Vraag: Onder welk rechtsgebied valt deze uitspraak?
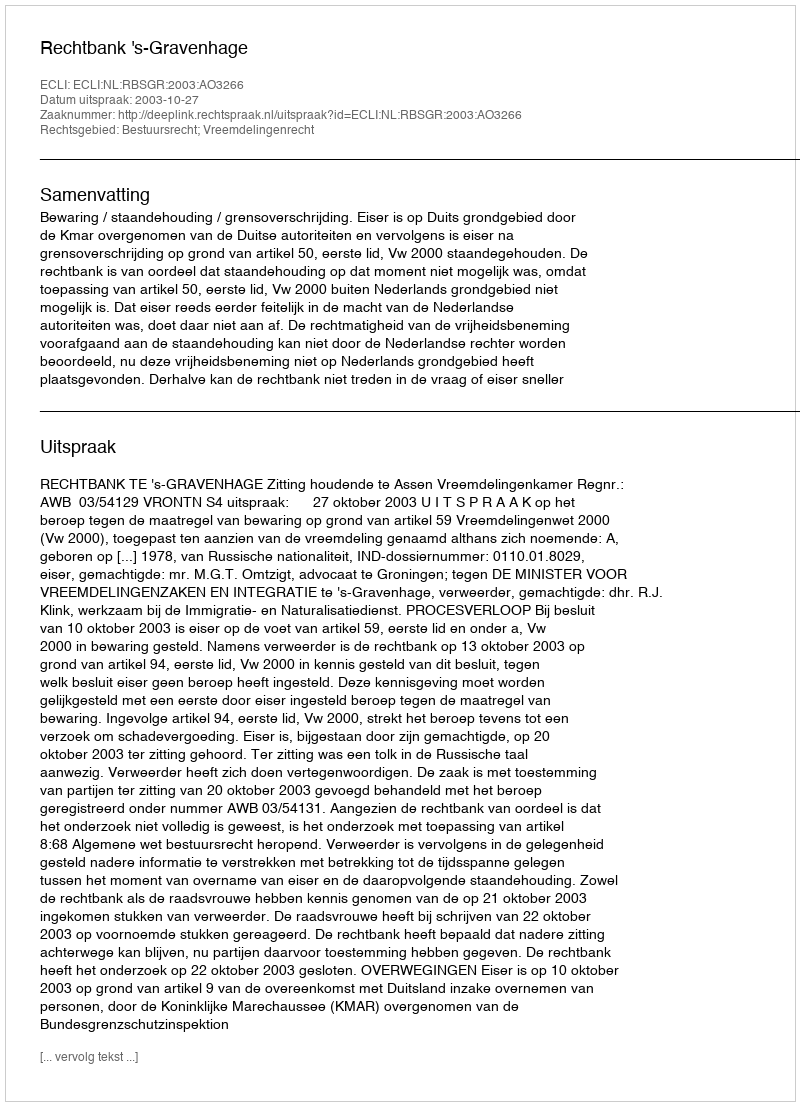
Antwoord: Bestuursrecht; Vreemdelingenrecht